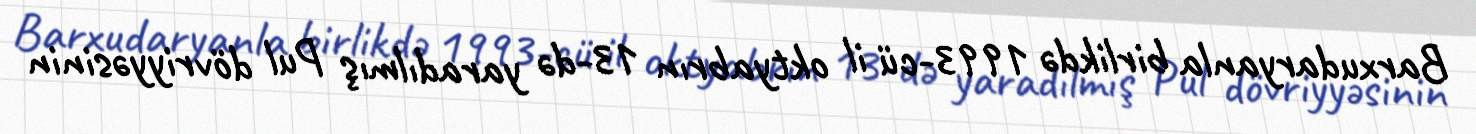
Barxudaryanla birlikdə 1993-cü il oktyabrın 13-də yaradılmış Pul dövriyyəsinin